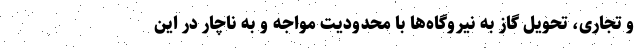
و تجاری، تحویل گاز به نیروگاه‌ها با محدودیت مواجه و به ناچار در این